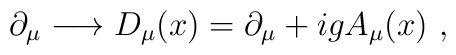
\partial_\mu\longrightarrow D_\mu(x)=\partial_\mu+igA_\mu(x)\ ,